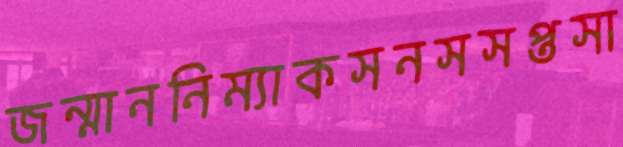
জন্মাননিম্যাকসনসসপ্তসা